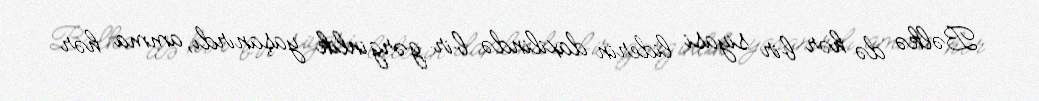
Bəlkə də hər bir siyasi liderin daxilində bir gərginlik yaşanırdı, amma hər